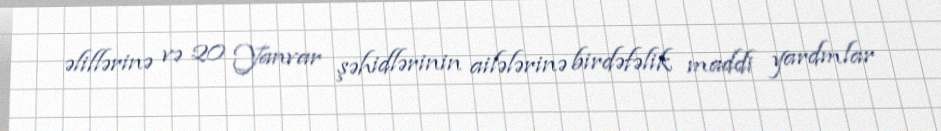
əlillərinə və 20 Yanvar şəhidlərinin ailələrinə birdəfəlik maddi yardmlar